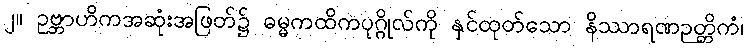
၂။ ဥဗ္ဘာဟိကအဆုံးအဖြတ်၌ ဓမ္မကထိကပုဂ္ဂိုလ်ကို နှင်ထုတ်သော နိဿာရဏဉတ္တိကံ၊